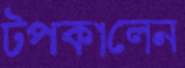
টপকালেন